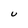
Character: U